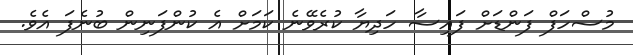
މުސްހަފް ފަންޑަށް ފައިސާ ހަދިޔާ ކުރެވޭނެ ކަމަށް އެ ކުންފަނިން ބުނެފަ އެެވެ.